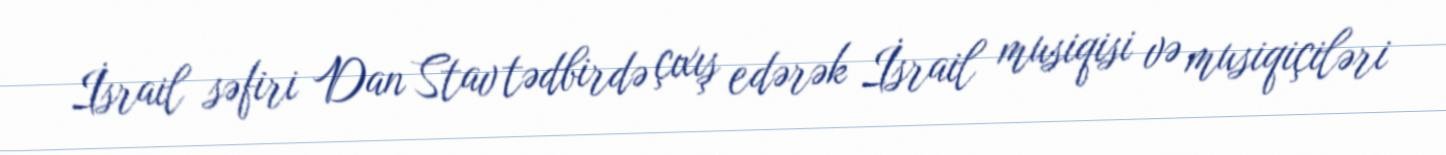
İsrail səfiri Dan Stav tədbirdə çıxış edərək İsrail musiqisi və musiqiçiləri